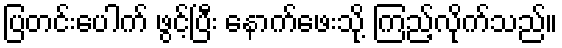
ပြတင်းပေါက် ဖွင့်ပြီး နောက်ဖေးသို့ ကြည့်လိုက်သည်။